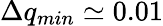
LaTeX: \Delta q_{min}\simeq 0.01